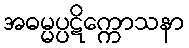
အဓမ္မပ္ပဋိက္ကောသနာ